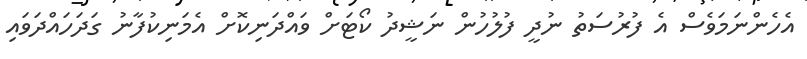
އެހެންނަމަވެސް އެ ފުރުސަތު ނުދީ ފުލުހުން ނަޝީދު ކޯޓަށް ވައްދަނިކޮށް އެމަނިކުފާނު ގަަދަހައްދަވައި